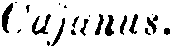
Cajanus.